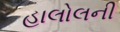
હાલોલની